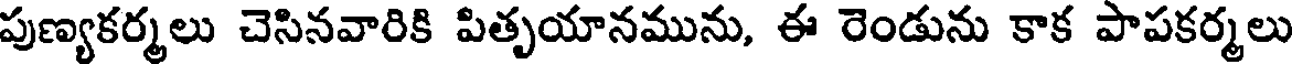
పుణ్యకర్మలు చెసినవారికి పితృయానమును, ఈ రెండును కాక పాపకర్మలు